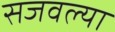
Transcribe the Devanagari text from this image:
सजवल्या